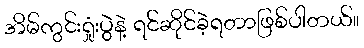
အိမ်ကွင်းရှုံးပွဲနဲ့ ရင်ဆိုင်ခဲ့ရတာဖြစ်ပါတယ်။